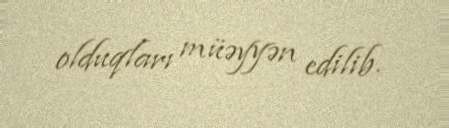
olduqları müəyyən edilib.